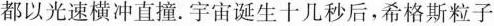
都以光速横冲直撞。宇宙诞生十几秒后，希格斯粒子